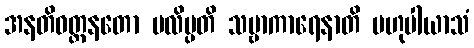
အနတိဝတ္တနတော ပလိမ္ပတိ သဗ္ဗာကာရေနာတိ ဗဟုပါယာသံ